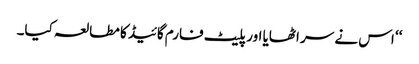
‘‘ اس نے سر اٹھایا اور پلیٹ فارم گائیڈ کا مطالعہ کیا۔